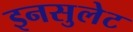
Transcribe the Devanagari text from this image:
इनसुलेट